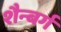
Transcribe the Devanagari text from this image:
शैन्बर्ग